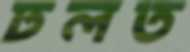
ঢলত